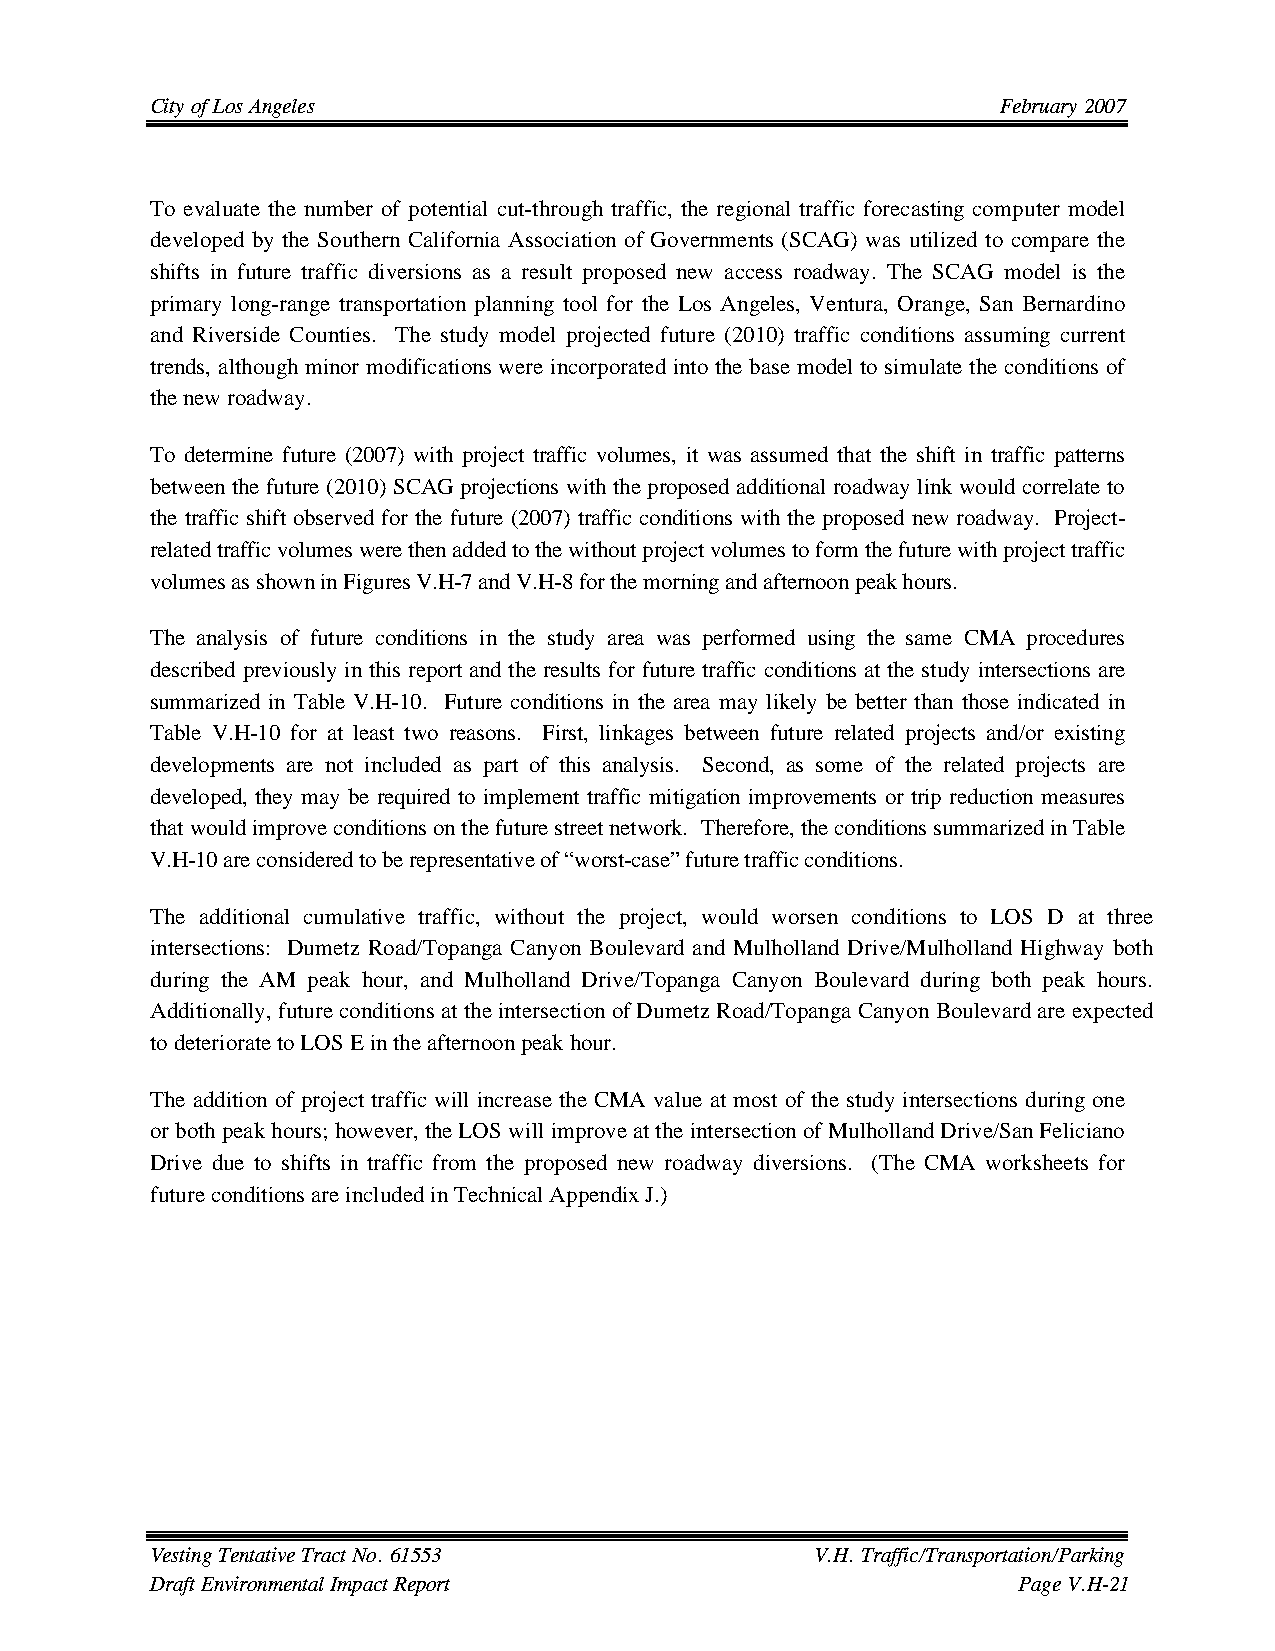
City of Los Angeles                                     February 2007
 To evaluate the number of potential cut-through traffic, the regional traffic forecasting computer model
 developed by the Southern California Association of Governments (SCAG) was utilized to compare the
 shifts in future traffic diversions as a result proposed new access roadway. The SCAG model is the
 primary long-range transportation planning tool for the Los Angeles, Ventura, Orange, San Bernardino
 and Riverside Counties. The study model projected future (2010) traffic conditions assuming current
 trends, although minor modifications were incorporated into the base model to simulate the conditions of
 the new roadway.
 To determine future (2007) with project traffic volumes, it was assumed that the shift in traffic patterns
 between the future (2010) SCAG projections with the proposed additional roadway link would correlate to
 the traffic shift observed for the future (2007) traffic conditions with the proposed new roadway. Project-
 related traffic volumes were then added to the without project volumes to form the future with project traffic
 volumes as shown in Figures V.H-7 and V.H-8 for the morning and afternoon peak hours.
 The analysis of future conditions in the study area was performed using the same CMA procedures
 described previously in this report and the results for future traffic conditions at the study intersections are
 summarized in Table V.H-10. Future conditions in the area may likely be better than those indicated in
 Table V.H-10 for at least two reasons. First, linkages between future related projects and/or existing
 developments are not included as part of this analysis. Second, as some of the related projects are
 developed, they may be required to implement traffic mitigation improvements or trip reduction measures
 that would improve conditions on the future street network. Therefore, the conditions summarized in Table
 V.H-10 are considered to be representative of “worst-case” future traffic conditions.
 The additional cumulative traffic, without the project, would worsen conditions to LOS D at three
 intersections: Dumetz Road/Topanga Canyon Boulevard and Mulholland Drive/Mulholland Highway both
 during the AM peak hour, and Mulholland Drive/Topanga Canyon Boulevard during both peak hours.
 Additionally, future conditions at the intersection of Dumetz Road/Topanga Canyon Boulevard are expected
 to deteriorate to LOS E in the afternoon peak hour.
 The addition of project traffic will increase the CMA value at most of the study intersections during one
 or both peak hours; however, the LOS will improve at the intersection of Mulholland Drive/San Feliciano
 Drive due to shifts in traffic from the proposed new roadway diversions. (The CMA worksheets for
 future conditions are included in Technical Appendix J.)
 Vesting Tentative Tract No. 61553           V.H. Traffic/Transportation/Parking
 Draft Environmental Impact Report                        Page V.H-21